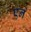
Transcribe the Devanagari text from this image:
एनं